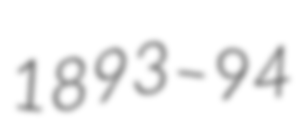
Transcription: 1893–94